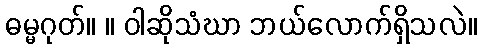
ဓမ္မဂုတ်။ ။ ဝါဆိုသံဃာ ဘယ်လောက်ရှိသလဲ။